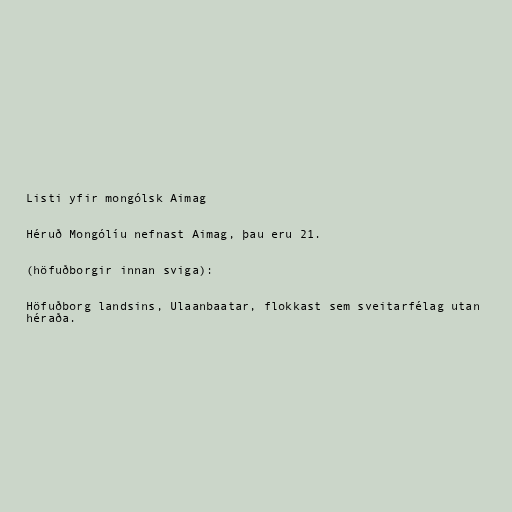
Listi yfir mongólsk Aimag

Héruð Mongólíu nefnast Aimag, þau eru 21.

(höfuðborgir innan sviga):

Höfuðborg landsins, Ulaanbaatar, flokkast sem sveitarfélag utan
héraða.